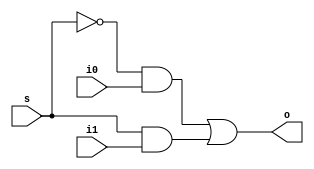
module MUX_2TO1(i0,i1,s,o);
  input i0,i1,s;
  output o;
  wire w1,w2,w3;
  
  not n1(w1,s);
  and a1(w2,w1,i0);
  and a2(w3,s,i1);
  or o1(o,w2,w3);
endmodule

module mux_2to1_tb;
  reg i0,i1,s;
  wire o;
  MUX_2TO1 m1(i0,i1,s,o);
  initial
    begin
      i0=1;
      i1=0;
      
       s=0;
       #50 s=1;
   end
   
   initial
   $monitor("Time=%d, i0=%d, i1=%d, s=%d, o=%d",$time,i0,i1,s,o);
 endmodule